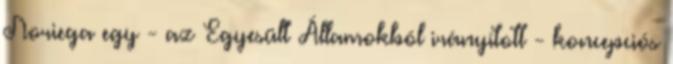
Noriega egy - az Egyesült Államokból irányított - koncepciós